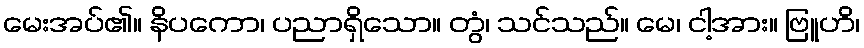
မေးအပ်၏။ နိပကော၊ ပညာရှိသော။ တွံ၊ သင်သည်။ မေ၊ ငါ့အား။ ဗြူဟိ၊